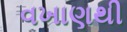
વખાણથી